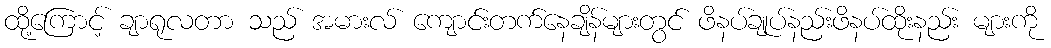
ထို့ကြောင့် ချာရုလတာ သည် အမားလ် ကျောင်းတက်နေချိန်များတွင် ဖိနပ်ချုပ်နည်းဖိနပ်ထိုးနည်း များကို